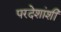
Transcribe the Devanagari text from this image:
परदेशांशी